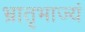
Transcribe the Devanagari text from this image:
भ्रातृभाज्यं